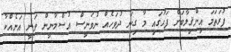
ފުރަތަމަ އިންޤިލާބަށް ފަހުގައި މާ ގިނަ ދުވަހެއް ނުވަނީސް އުސްމާނީން ވަނީ އަނެއްކާ